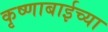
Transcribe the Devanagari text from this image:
कृष्णाबाईच्या